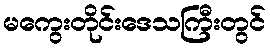
မကွေးတိုင်းဒေသကြီးတွင်